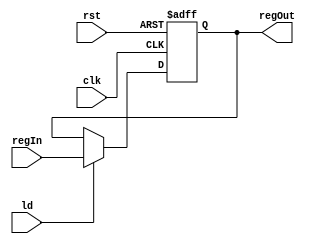
module Register(clk, rst, ld, regIn, regOut);

    parameter SIZE = 8;
    input clk, rst, ld;
    input [(SIZE-1):0] regIn;
    output reg [(SIZE-1):0] regOut;
    
    always@(posedge clk, posedge rst) begin
        if(rst)
            regOut <= 0;
        else if(ld)
            regOut <= regIn;
    end

endmodule